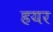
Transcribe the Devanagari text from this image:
हयर